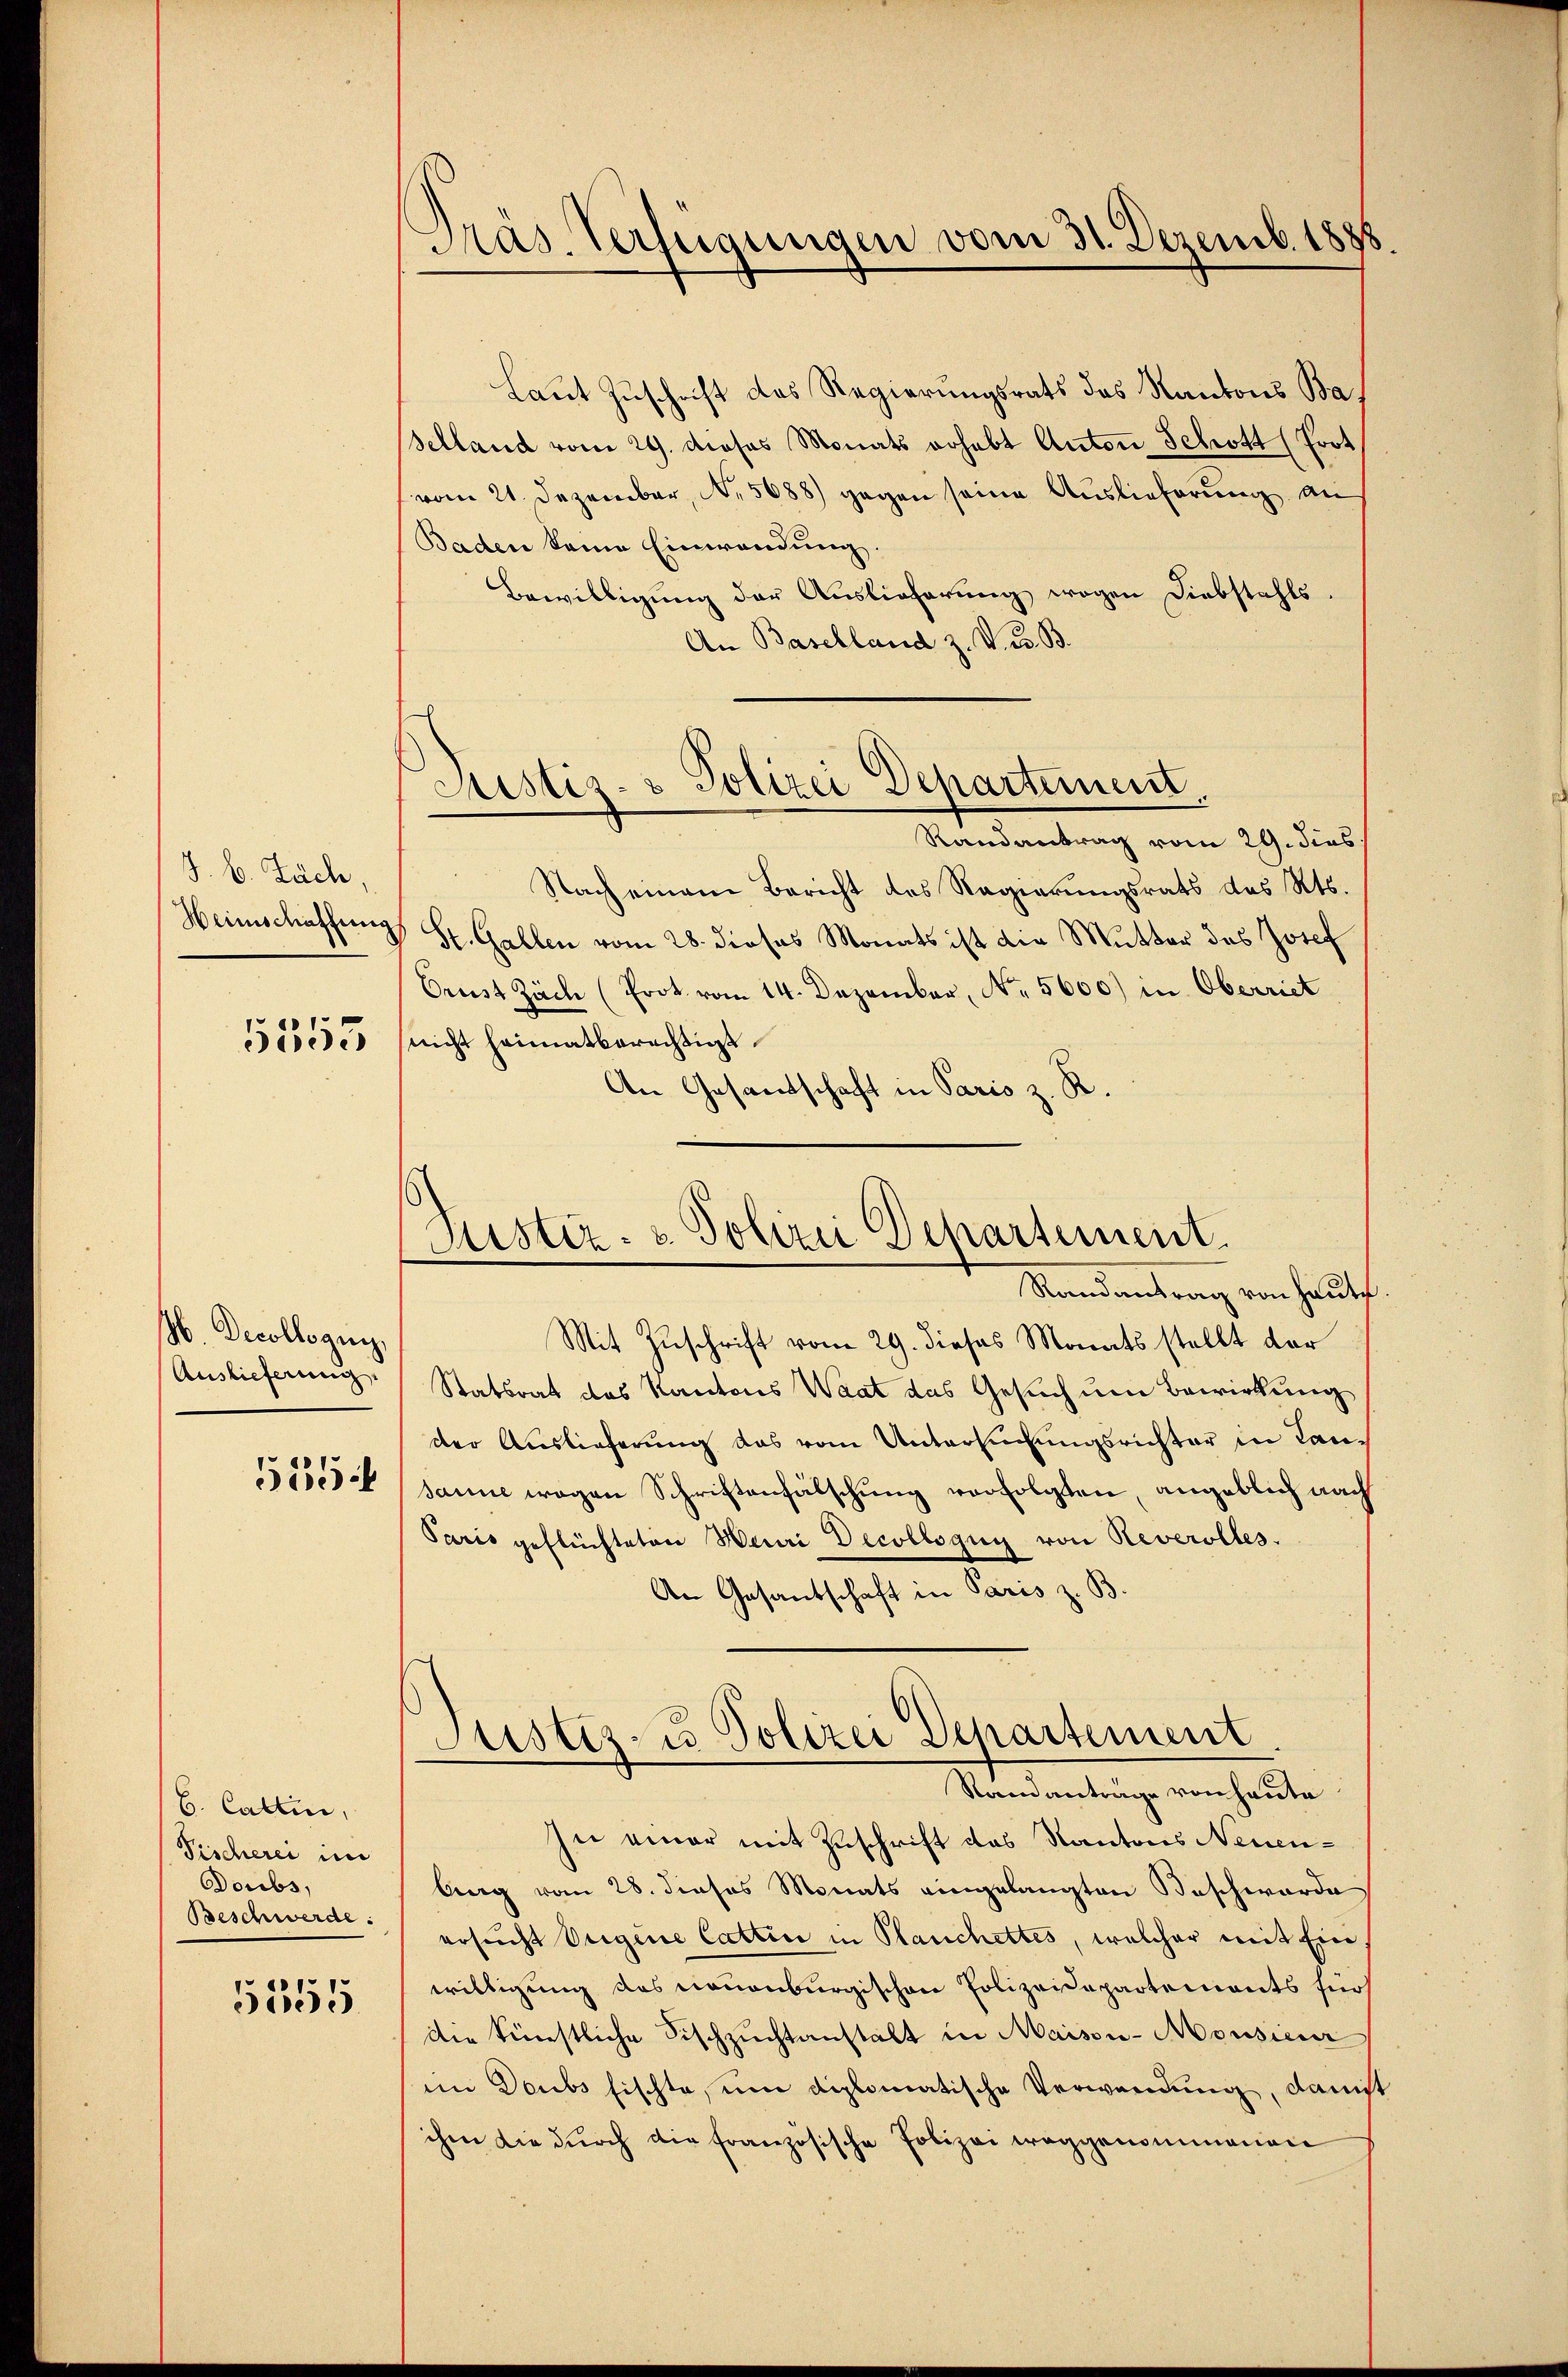
J. B. Zuch,
Heimschaffung

5553

N. Decollegung,
Auslieferung.
5554

6. Cattin,
Tischerei im
Doubs,
Beschwerde:

5555

Pas. Verfügungen vom 31. Dezemb. 1888

Justiz- & Polizei Departement.

Sistiz- & Polizei Departement.
Randantrag von heute

Laut Zuschrift des Regierungsrats des Kantons Ba¬
Selland vom 29. dieses Monats erhebt Anton Schott (Prot
vom 21. Dezember, No. 5688) gegen seine Auslieferung an
Baden keine Einwendung.
Bewilligung der Auslieferung wegen Diebstahls
An Baselland z. V. B. B.
Randantrag vom 29. dies
Nach einem Bericht des Regierungsrats des Kts.
St. Gallen vom 28. dieses Monats ist die Mutter des Josef
Orrist Zäche (Prot. vom 14. Dezember, No. 5600) in Oberriet
nicht heimatberechtigt
An Gesandschaft in Paris z. R.
Mit Zuschrift vom 29. dieses Monats stellt dar
Statsrat des Kantons Waat das Gesuch um Bewirkung
der Auslieferung das vom Untersuchungsrichter in Lansanne wegen Schriftenfälschung verfolgten, angeblich nach
Paris geflüchteten Heuri Decollogug von Reverolles.
An Gesantschaft in Paris z. B.
Justiz- u Polizei Departement
Randanträge von heute
In einer mit Zuschrift das Kantons Neuenberg vom 28. dieses Monats eingelangten Beschworde
ersucht beigene Cattin in Planchettes, welcher mit Ein
willigung das neuenburgischen Polizeidepartements fürs
Die künstliche Fischzuchtanstalt in Maisen-Monsieur
im Deubs Fischte, um diplomatische Verwendung, danist
ihm die dŭrch die französische Polizei weggenommenen